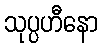
သုပ္ပဟီနော